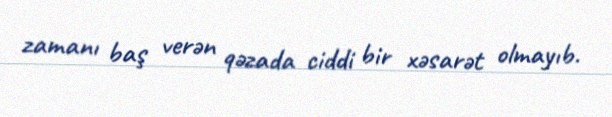
zamanı baş verən qəzada ciddi bir xəsarət olmayıb.